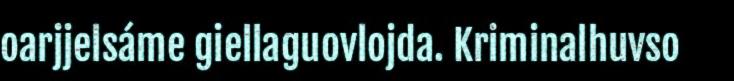
oarjjelsáme giellaguovlojda. Kriminalhuvso